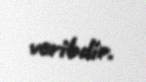
veribdir.